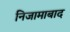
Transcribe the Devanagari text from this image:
निजामाबाद